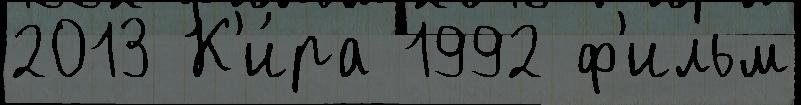
2013 К'и́ра 1992 ф'ильм